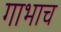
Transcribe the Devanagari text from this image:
गाभाच